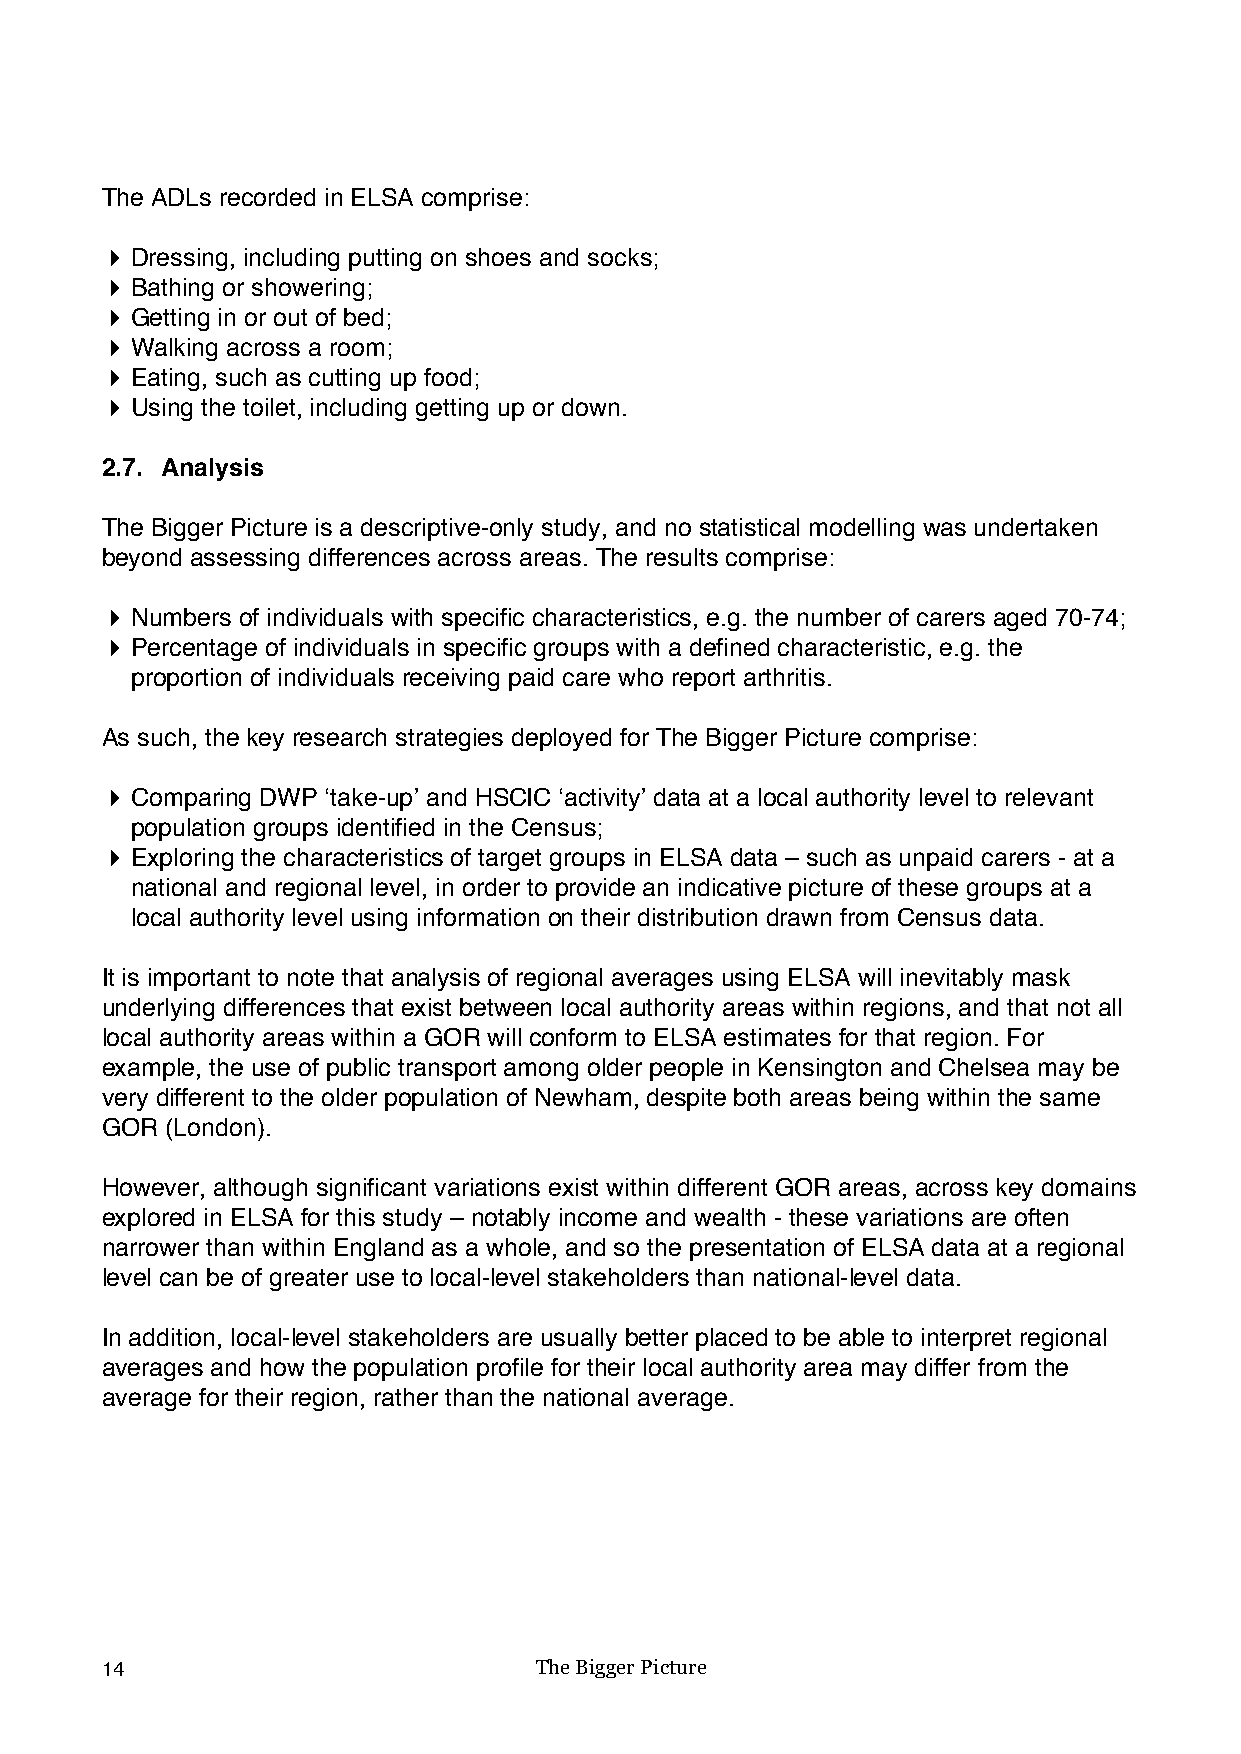
The ADLs recorded in ELSA comprise:
 ! Dressing, including putting on shoes and socks;
 ! Bathing or showering;
 ! Getting in or out of bed;
 ! Walking across a room;
 ! Eating, such as cutting up food;
 ! Using the toilet, including getting up or down.
 2.7. Analysis
 The Bigger Picture is a descriptive-only study, and no statistical modelling was undertaken
 beyond assessing differences across areas. The results comprise:
 ! Numbers of individuals with specific characteristics, e.g. the number of carers aged 70-74;
 ! Percentage of individuals in specific groups with a defined characteristic, e.g. the
 proportion of individuals receiving paid care who report arthritis.
 As such, the key research strategies deployed for The Bigger Picture comprise:
 ! Comparing DWP ‘take-up’ and HSCIC ‘activity’ data at a local authority level to relevant
 population groups identified in the Census;
 ! Exploring the characteristics of target groups in ELSA data – such as unpaid carers - at a
 national and regional level, in order to provide an indicative picture of these groups at a
 local authority level using information on their distribution drawn from Census data.
 It is important to note that analysis of regional averages using ELSA will inevitably mask
 underlying differences that exist between local authority areas within regions, and that not all
 local authority areas within a GOR will conform to ELSA estimates for that region. For
 example, the use of public transport among older people in Kensington and Chelsea may be
 very different to the older population of Newham, despite both areas being within the same
 GOR (London).
 However, although significant variations exist within different GOR areas, across key domains
 explored in ELSA for this study – notably income and wealth - these variations are often
 narrower than within England as a whole, and so the presentation of ELSA data at a regional
 level can be of greater use to local-level stakeholders than national-level data.
 In addition, local-level stakeholders are usually better placed to be able to interpret regional
 averages and how the population profile for their local authority area may differ from the
 average for their region, rather than the national average.
 14                          The Bigger Picture